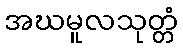
အဃမူလသုတ္တံ